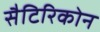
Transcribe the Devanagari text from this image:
सैटिरिकोन